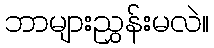
ဘာများညွှန်းမလဲ။